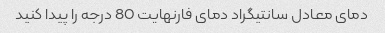
دمای معادل سانتیگراد دمای فارنهایت 80 درجه را پیدا کنید